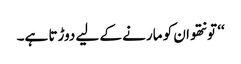
‘‘ تو نتھو ان کو مارنے کے لیے دوڑتا ہے۔